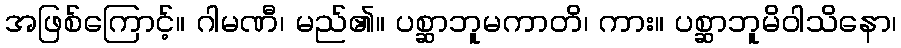
အဖြစ်ကြောင့်။ ဂါမဏီ၊ မည်၏။ ပစ္ဆာဘူမကာတိ၊ ကား။ ပစ္ဆာဘူမိဝါသိနော၊